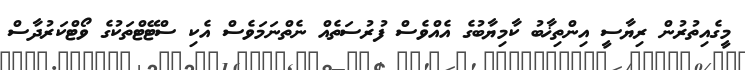
މީގެއިތުރުން ރިޔާސީ އިންތިޚާބު ކާމިޔާބުގެ އެއްވެސް ފުރުސަތެއް ނެތްނަމަވެސް އެކި ސްޓޭޓްތަކުގެ ވޯޓްކަރުދާސް